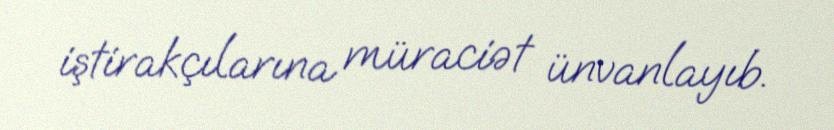
iştirakçılarına müraciət ünvanlayıb.